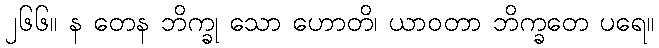
၂၆၆။ န တေန ဘိက္ခု သော ဟောတိ၊ ယာဝတာ ဘိက္ခတေ ပရေ။